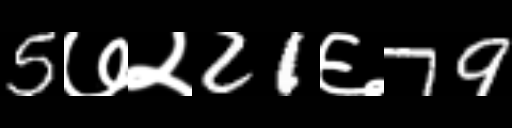
Text: 5७२21६79